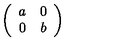
\left( \begin{array} { c c } { a } & { 0 } \\ { 0 } & { b } \\ \end{array} \right)